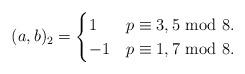
LaTeX: \begin{align*}(a,b)_2=\begin{cases}1&p\equiv3,5~{\rm mod}~8.\\-1&p\equiv1,7~{\rm mod}~8.\end{cases}\end{align*}